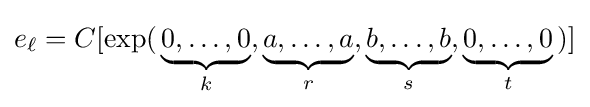
e_{\ell }=C[\exp(\,\underbrace {0,\ldots ,0} _{k},\underbrace {a,\ldots ,a} _{r},\underbrace {b,\ldots ,b} _{s},\underbrace {0,\ldots ,0} _{t}\,)]